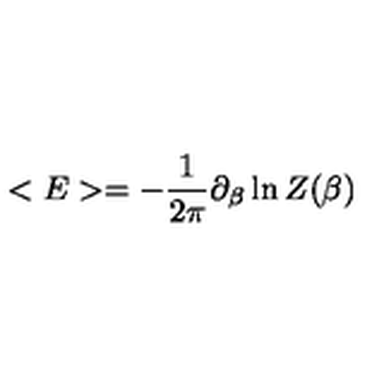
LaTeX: < E > = - { \frac { 1 } { 2 \pi } } \partial _ { \beta } \ln Z ( \beta )